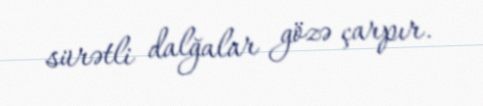
sürətli dalğalar gözə çarpır.